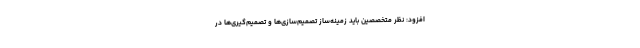
افزود: نظر متخصصین باید زمینه‌ساز تصمیم‌سازی‌ها و تصمیم‌گیری‌ها در